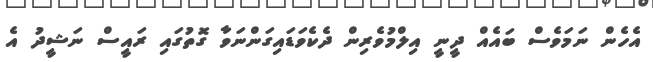
އެހެން ނަމަވެސް ބައެއް ދީނީ އިލްމުވެރިން ދެކެވަޑައިގަންނަވާ ގޮތުގައި ރައީސް ނަޝީދު އެ